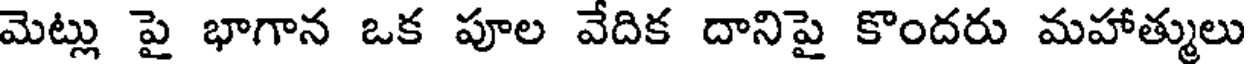
మెట్లు పై భాగాన ఒక పూల వేదిక దానిపై కొందరు మహాత్ములు